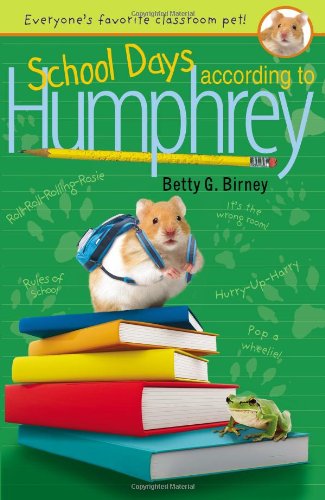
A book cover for School Days According to Humphrey; Betty G. Birney; Politics & Social Sciences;